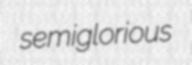
semiglorious